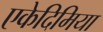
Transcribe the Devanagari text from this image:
एकेदिमिया